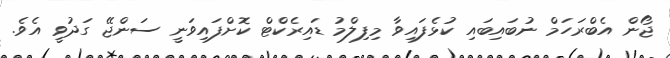
ޖޯން އެބްރަހަމް ނުބައިބައި ކުޅެފައިވާ މިފިލްމު ޑައިރެކްޓް ކޮށްފައިވަނީ ސަންޖޭ ގަދުވީ އެވެ.